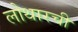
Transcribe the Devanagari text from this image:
लोथारची